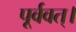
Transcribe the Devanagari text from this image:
पूर्ववत्।